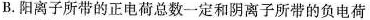
B. 阳离子所带的正电荷总数一定和阴离子所带的负电荷